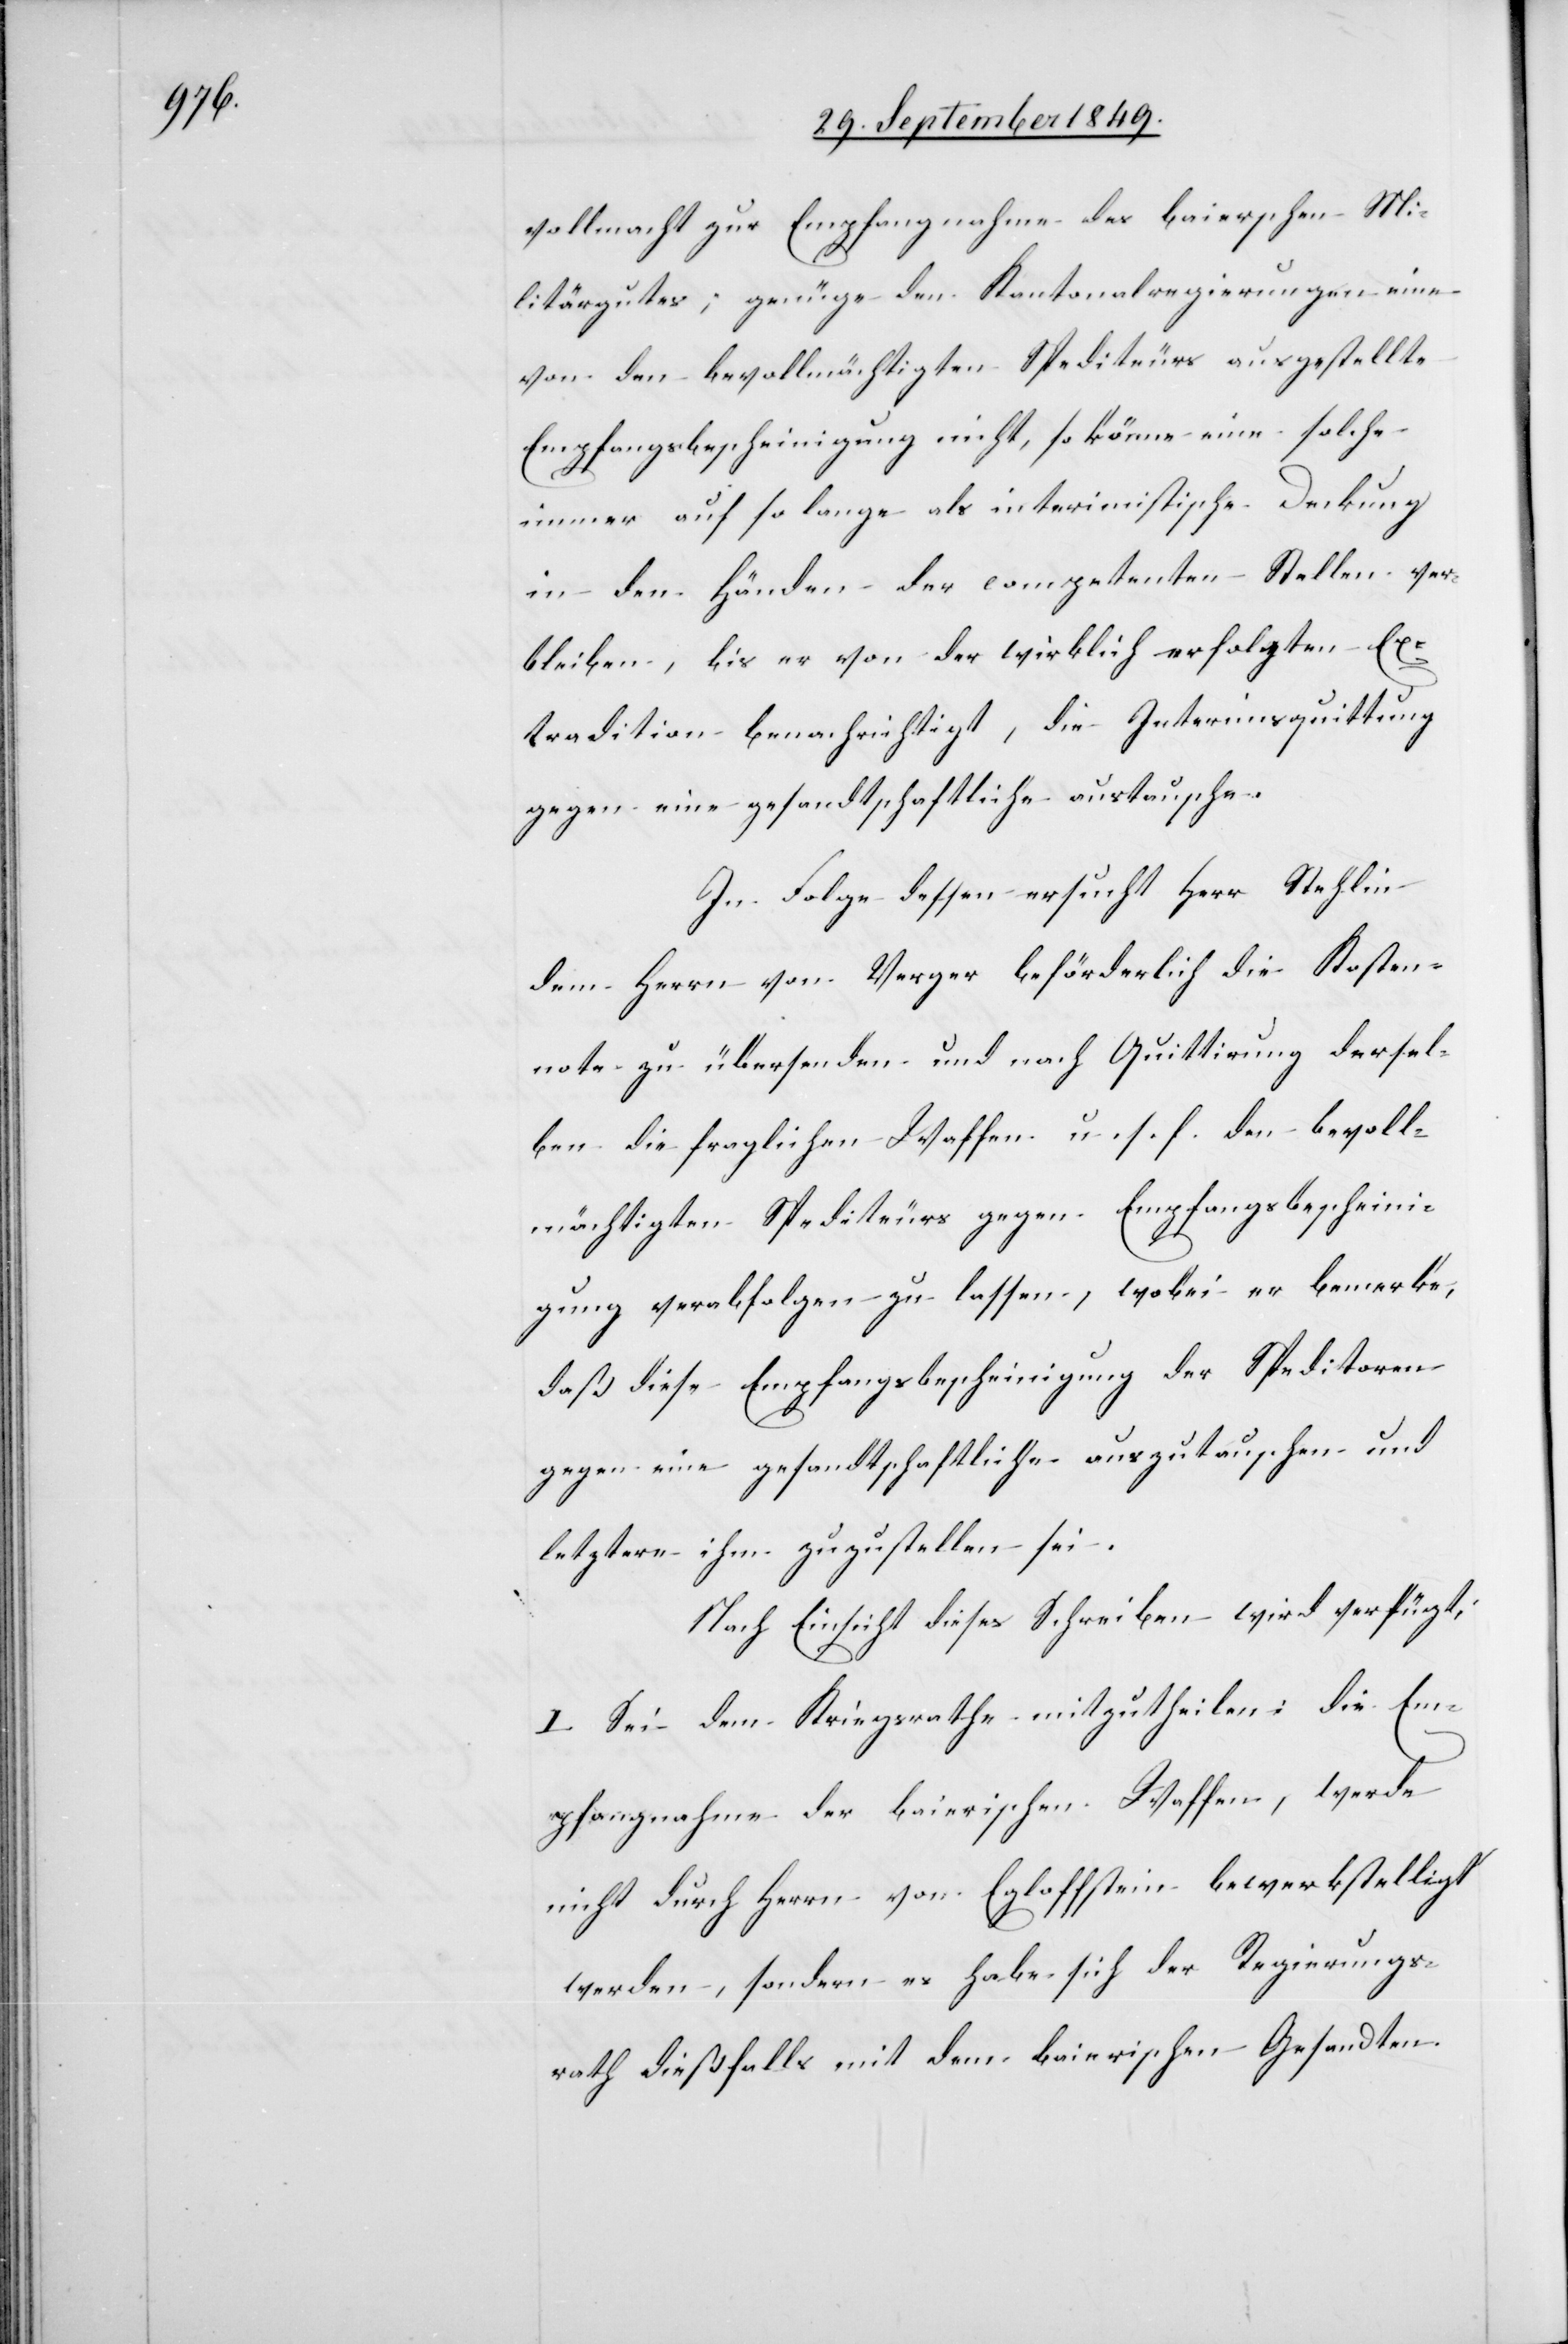
vollmacht zur Empfangnahme des baierschen Mi¬
litärgutes; genüge den Kantonalregierungen eine
von den bevollmächtigten Spediteurs ausgestellte
Empfangsbescheinigung nicht, so könne eine solche
immer auf so lange als interimistische Deckung
in den Händen der competenten Stellen ver¬
bleiben, bis er von der wirklich erfolgten Ex¬
tradition benachrichtigt, die Interimsquittung
gegen eine gesandtschaftliche austausche.
In Folge dessen ersucht Herr Stehlin
dem Herrn von Verger beförderlich die Kosten¬
note zu übersenden und nach Quittirung dersel¬
ben die fraglichen Waffen u. s. f. den bevoll¬
mächtigten Spediteurs gegen Empfangsbescheini¬
gung verabfolgen zu lassen, wobei er bemerke,
daß diese Empfangsbescheinigung der Speditoren
gegen eine gesandtschaftliche auszutauschen und
letztere ihm zuzustellen sei.
Nach Einsicht dieses Schreibens wird verfügt;
I. Sei dem Kriegsrathe mitzutheilen: die Em¬
pfangnahme der baierischen Waffen, werde
nicht durch Herrn von Egloffstein bewerkstelligt
werden, sondern es habe sich der Regierungs¬
rath dießfalls mit dem baierischen Gesandten